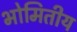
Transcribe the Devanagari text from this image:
भोमितीय